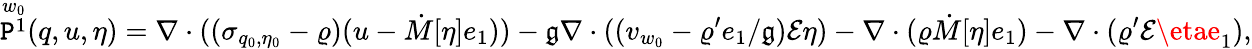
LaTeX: \overset{w_{0}}{\mathtt{P}^{1}}(q,u,\eta)=\nabla\cdot((\sigma_{q_{0},\eta_{0}}-\varrho)(u-\dot{{M}}[\eta]e_{1}))-\mathfrak{{g}}\nabla\cdot((v_{w_{0}}-\varrho^{\prime}e_{1}/\mathfrak{{g}})\mathcal{{E}}\eta)-\nabla\cdot(\varrho\dot{{M}}[\eta]e_{1})-\nabla\cdot(\varrho^{\prime}\mathcal{{E}}\etae_{1}),